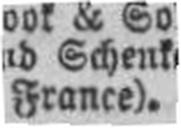
France).